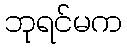
ဘုရင်မက